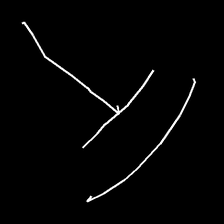
Glyph: dispersion